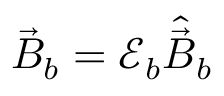
\vec { B } _ { b } = \mathcal { E } _ { b } \hat { \vec { B } } _ { b }